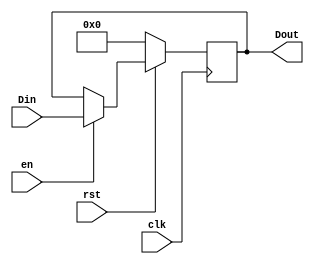
`timescale 1ns / 1ps
//////////////////////////////////////////////////////////////////////////////////
// Company: 
// Engineer: 
// 
// Design Name: 
// Module Name: Register
// Project Name: 
// Target Devices: 
// Tool Versions: 
// Description: 
// 
// Dependencies: 
// 
// Revision:
// Revision 0.01 - File Created
// Additional Comments:
// 
//////////////////////////////////////////////////////////////////////////////////


module Register#(parameter N = 32)(clk, rst, en, Din, Dout);
    input en, clk, rst;
    input[N-1:0] Din;
    output reg [N-1:0] Dout;
    initial begin
        Dout <= 0;
    end
    always@(posedge clk) begin
        if(!rst)Dout <= 0;
        else begin
            if(en == 1'b1)Dout <= Din;
            else Dout <= Dout;
        end
    end
endmodule